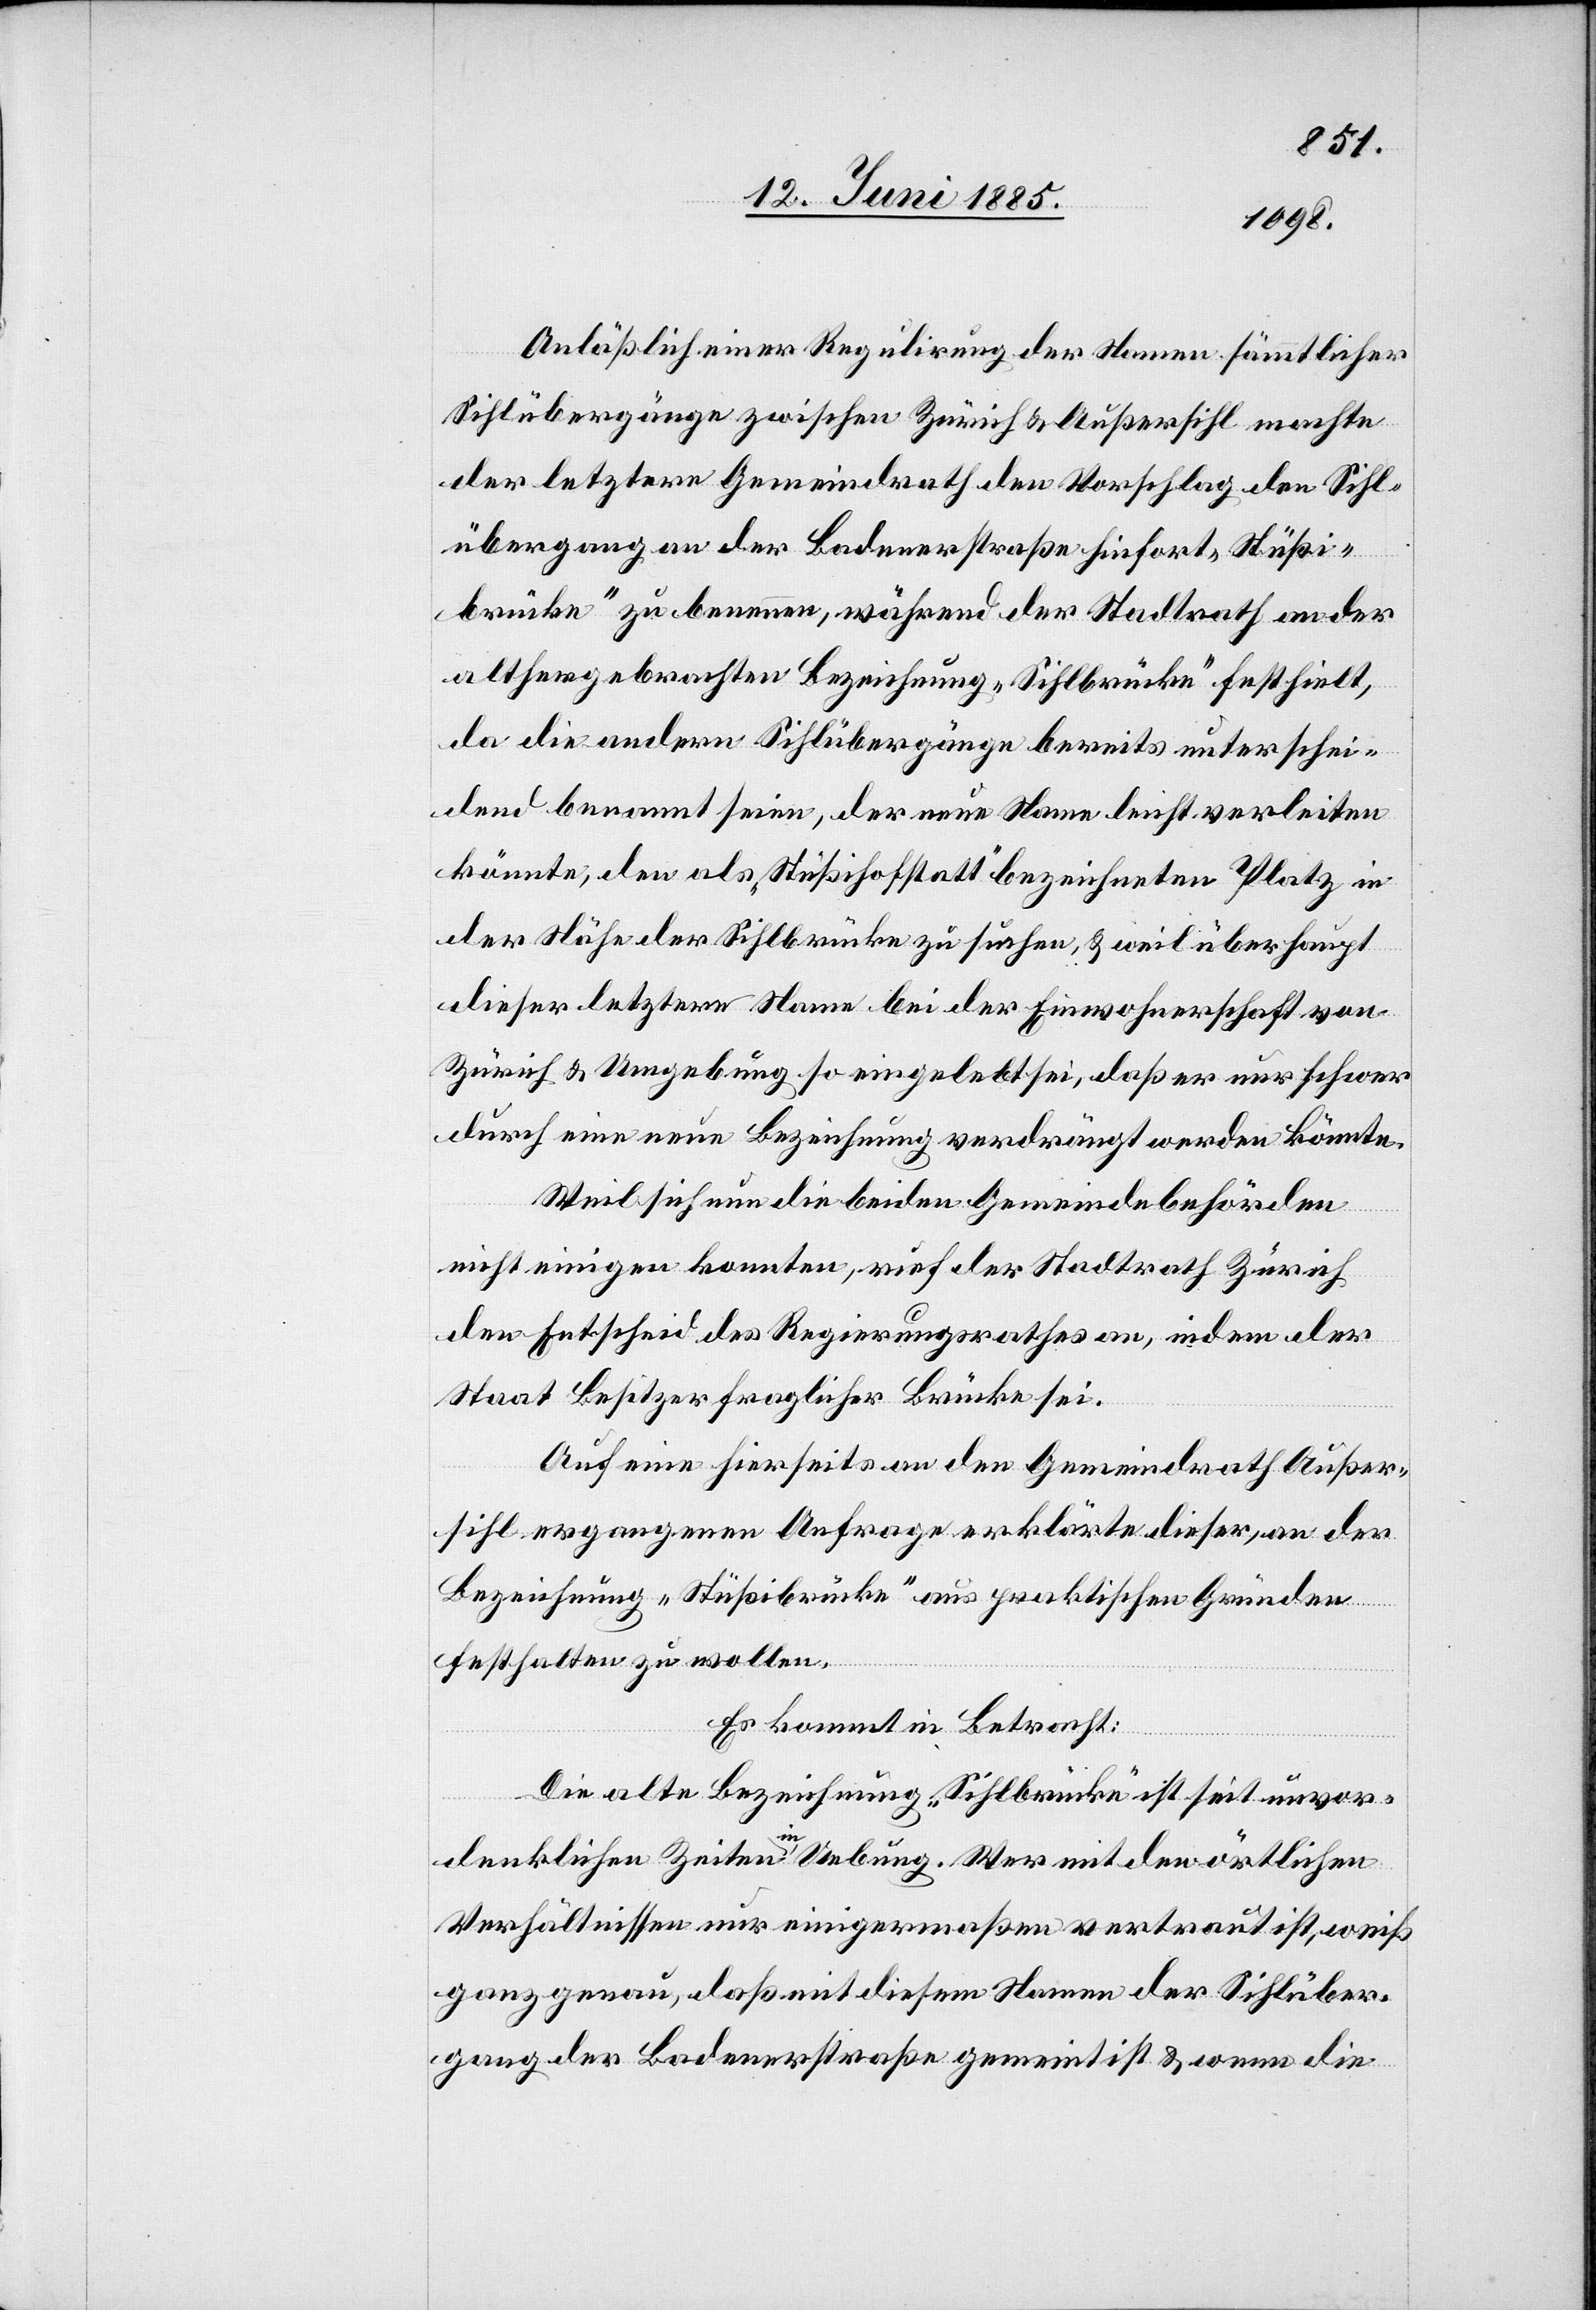
Anläßlich einer Regulirung der Namen sämmtlicher
Sihlübergänge zwischen Zürich & Außersihl machte
der letztere Gemeindrath den Vorschlag den Sihl¬
übergang an der Badenerstraße hiefort „Stüßi¬
brücke“ zu benennen, während der Stadtrath an der
althergebrachten Bezeichnung „Sihlbrücke“ festhielt,
da die andern Sihlübergänge bereits unterschei¬
dend benannt seien, der neue Name leicht verleiten
könnte, den als „Stüßihofstatt“ bezeichneten Platz in
der Nähe der Sihlbrücke zu suchen, & weil überhaupt
dieser letztere Name bei der Einwohnerschaft von
Zürich & Umgebung so eingelebt sei, das er nur schwer
durch eine neue Bezeichnung verdrängt werden könnte.
Weil sich nun die beiden Gemeindebehörden
nicht einigen konnten, rief der Stadtrath Zürich
den Entscheid des Regierungsrathes an, indem der
Staat Besitzer fraglicher Brücke sei.
Auf eine hierseits an den Gemeindrath Außer¬
sihl ergangene Anfrage erklärte dieser, an der
Bezeichnung „Stüßibrücke“ aus praktischen Gründen
festhalten zu wollen.
Es kommt in Betracht:
Die alte Bezeichnung „Sihlbrücke“ ist seit unvor¬
denklichen Zeiten in Uebung. Wer mit den örtlichen
Verhältnissen nur einigermaßen vertraut ist, weiß
ganz genau, daß mit diesem Namen der Sihlüber¬
gang der Badenerstraße gemeint ist & wenn die